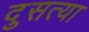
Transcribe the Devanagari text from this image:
दुसत्‍या